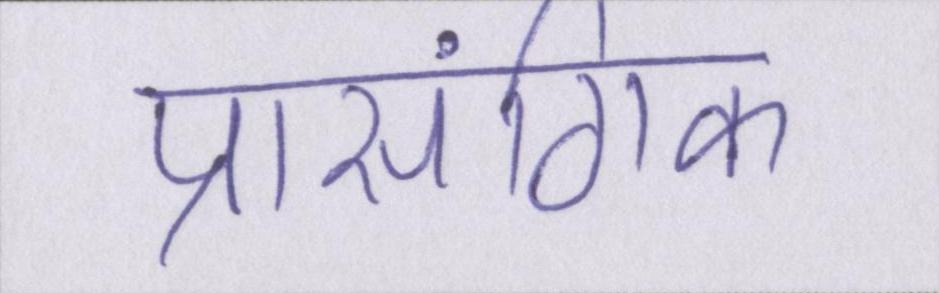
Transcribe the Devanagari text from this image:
प्रासंगिक